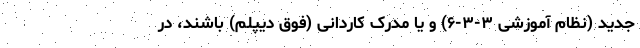
جدید (نظام آموزشی ۳-۳-۶) و یا مدرک کاردانی (فوق‌ دیپلم) باشند، در